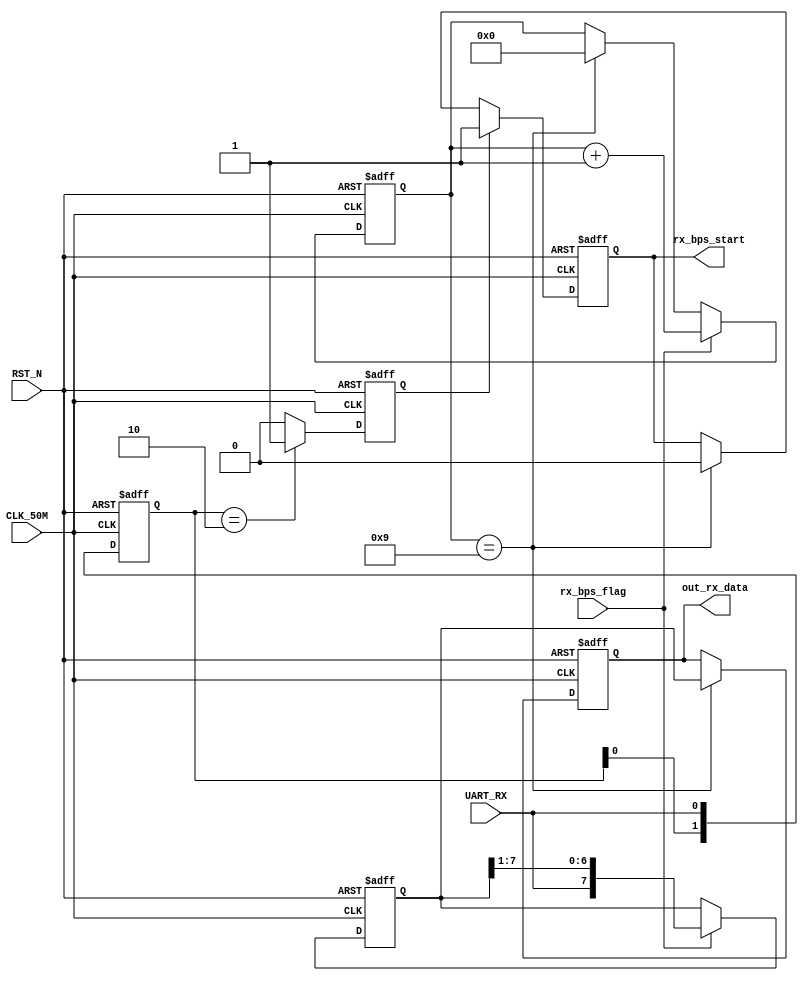
module Uart_Rx_Module
(
	//
	CLK_50M,RST_N,UART_RX,rx_bps_flag,
	//
	out_rx_data,rx_bps_start
);

//---------------------------------------------------------------------------
//--	
//---------------------------------------------------------------------------
input					CLK_50M;					//,50M
input					RST_N;					//,
input					UART_RX;					//FPGA,CP2102
input 				rx_bps_flag;			//
output 				rx_bps_start;			//
output	[ 7:0] 	out_rx_data;			//UART_RX

//---------------------------------------------------------------------------
//--	
//---------------------------------------------------------------------------
reg		[ 1:0]	detect_edge;			//UART,
wire		[ 1:0]	detect_edge_n;			//detect_edge
reg					negedge_reg;			//
wire					negedge_reg_n;			//negedge_reg
reg					rx_bps_start;			//
reg					rx_bps_start_n;		//rx_bps_start
reg 		[ 3:0] 	bit_cnt;					//
reg 		[ 3:0] 	bit_cnt_n;				//bit_cnt
reg 		[ 7:0] 	shift_data;				//
reg 		[ 7:0] 	shift_data_n;			//shift_data
reg		[ 7:0] 	out_rx_data;			//UART_RX
reg		[ 7:0] 	out_rx_data_n;			//out_rx_data

//---------------------------------------------------------------------------
//--		
//---------------------------------------------------------------------------
//,detect_edge
always @ (posedge CLK_50M or negedge RST_N)
begin
	if(!RST_N)									//
		detect_edge	<= 2'b11;				//detect_edge
	else
		detect_edge <= detect_edge_n;		//detect_edge
end

//,UART_RX
assign detect_edge_n = {detect_edge[0], UART_RX};	

//,negedge_reg
always @ (posedge CLK_50M or negedge RST_N)
begin
	if(!RST_N)									//
		negedge_reg	<= 1'b0;					//negedge_reg
	else
		negedge_reg <= negedge_reg_n;		//negedge_reg
end

//,,,negedge_reg_n1
assign negedge_reg_n = (detect_edge == 2'b10) ? 1'b1 : 1'b0; 

//,rx_bps_start
always @ (posedge CLK_50M or negedge RST_N)
begin
	if(!RST_N)									//
		rx_bps_start <= 1'b0;				//rx_bps_start
	else
		rx_bps_start <= rx_bps_start_n;	//rx_bps_start
end

//,,
always @ (*)
begin
	if(negedge_reg)							//
		rx_bps_start_n = 1'b1;				//,rx_bps_start_n1
	else if(bit_cnt == 4'd9)				//
		rx_bps_start_n = 1'b0;				//,rx_bps_start_n0
	else
		rx_bps_start_n = rx_bps_start;	//,
end

//,bit_cnt
always @ (posedge CLK_50M or negedge RST_N)
begin
	if(!RST_N)									//
		bit_cnt <= 4'b0;						//bit_cnt
	else
		bit_cnt <= bit_cnt_n;				//bit_cnt
end

//,,1,
always @ (*)
begin
	if(rx_bps_flag)							//
		bit_cnt_n = bit_cnt + 1'b1;		//,1,
	else if(bit_cnt == 4'd9)				//
		bit_cnt_n = 1'b0;						//,
	else
		bit_cnt_n = bit_cnt;					//,
end

//,shift_data
always @ (posedge CLK_50M or negedge RST_N)
begin
	if(!RST_N)									//
		shift_data <= 8'b0;					//shift_data
	else
		shift_data <= shift_data_n;		//shift_data
end

//,,
always @ (*)
begin
	if(rx_bps_flag)							//
		shift_data_n = {UART_RX,shift_data[7:1]};	//,UART_RX
	else
		shift_data_n = shift_data;			//,
end

//,out_rx_data
always @ (posedge CLK_50M or negedge RST_N)
begin
	if(!RST_N)									//
		out_rx_data <= 8'b0;					//out_rx_data
	else
		out_rx_data <= out_rx_data_n;		//out_rx_data
end

//,,
always @ (*)
begin
	if(bit_cnt == 4'd9)						//
		out_rx_data_n = shift_data;		//,
	else
		out_rx_data_n = out_rx_data;		//,
end

endmodule